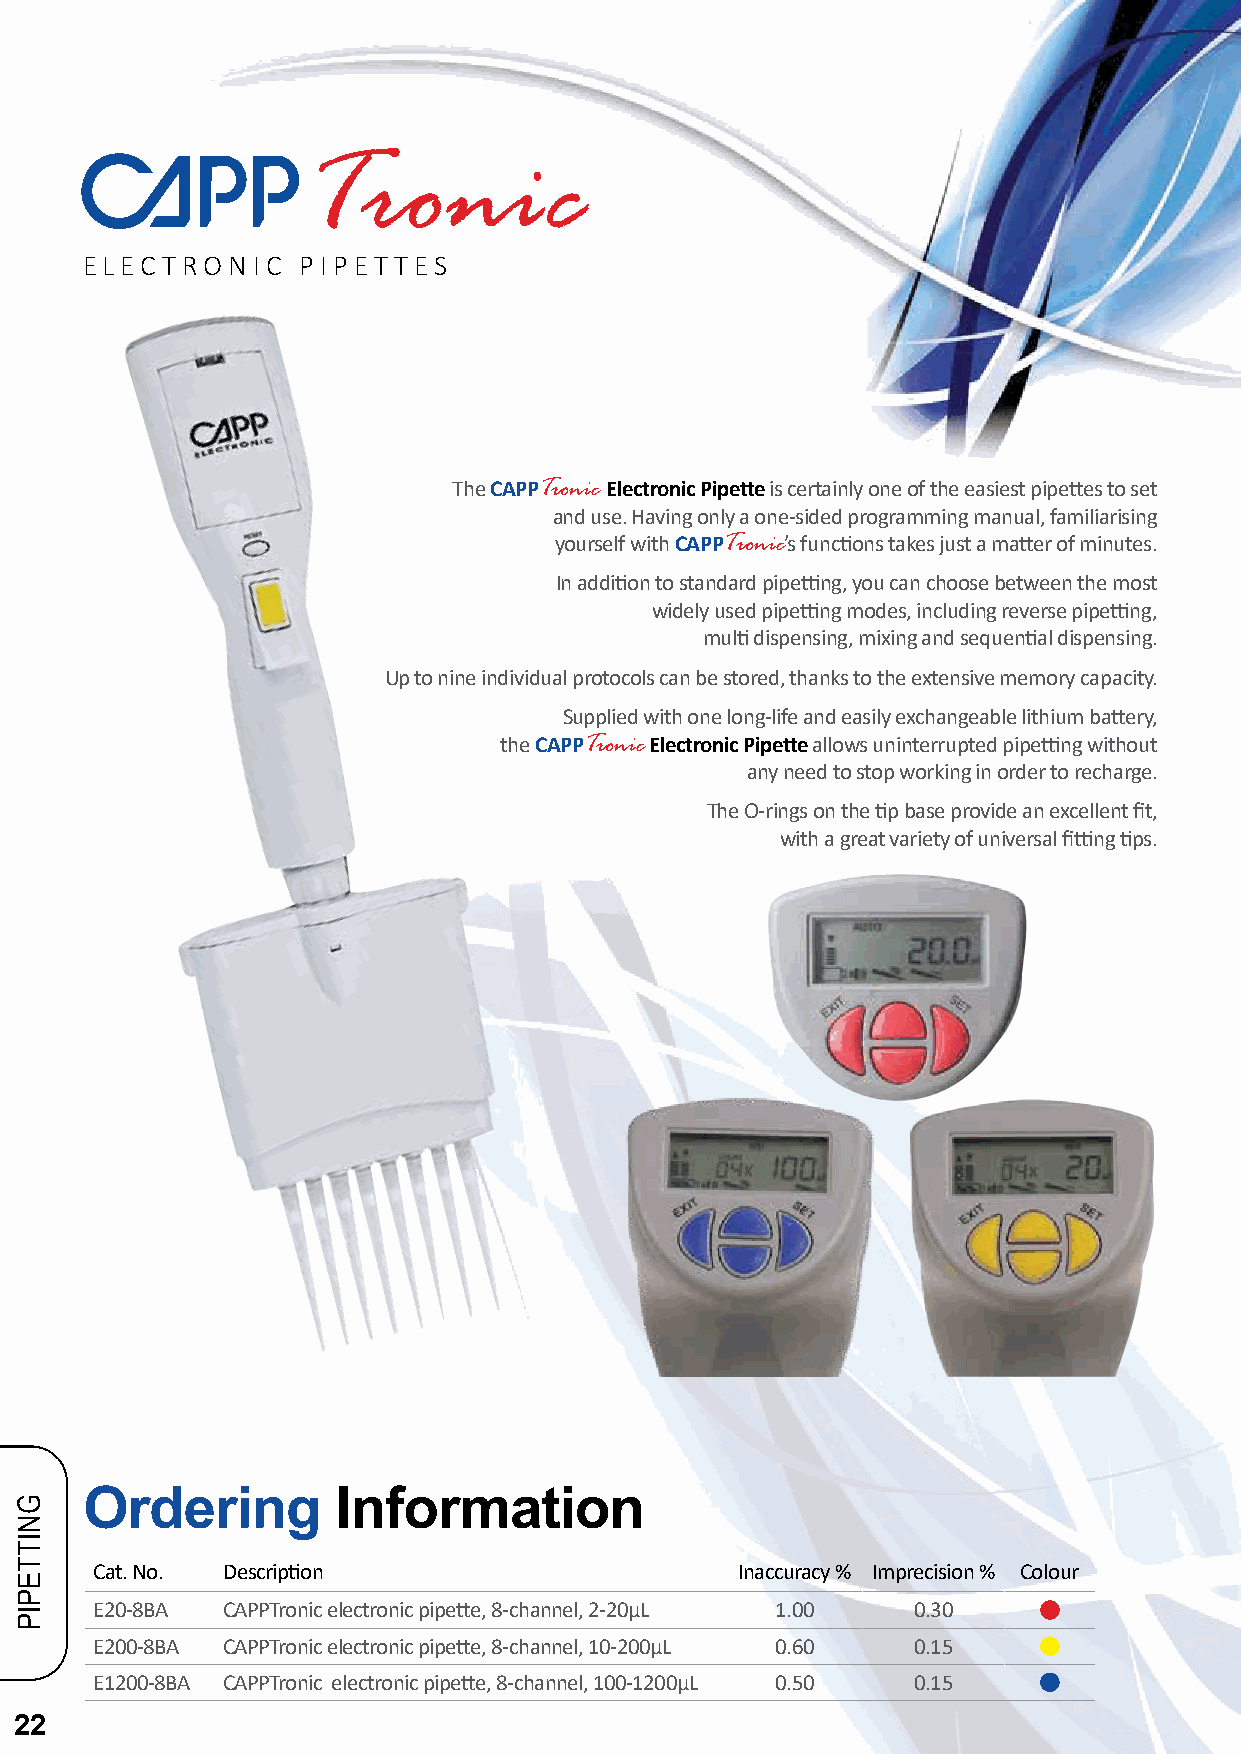
Tronic
 ELECTRONIC     PIPET TES
 The CAPPTronic Electronic Pipette is certainly one of the easiest pipettes to set
 and use. Having only a one-sided programming manual, familiarising
 yourself with CAPPTronic’s functions takes just a matter of minutes.
 In addition to standard pipetting, you can choose between the most
 widely used pipetting modes, including reverse pipetting,
 multi dispensing, mixing and sequential dispensing.
 Up to nine individual protocols can be stored, thanks to the extensive memory capacity.
 Supplied with one long-life and easily exchangeable lithium battery,
 the CAPPTronic Electronic Pipette allows uninterrupted pipetting without
 any need to stop working in order to recharge.
 The O-rings on the tip base provide an excellent fit,
 with a great variety of universal fitting tips.
 Ordering        Information
 Cat. No. Description                       Inaccuracy % Imprecision % Colour
 E20-8BA  CAPPTronic electronic pipette, 8-channel, 2-20µL 1.00 0.30
 E200-8BA CAPPTronic electronic pipette, 8-channel, 10-200µL 0.60 0.15
 E1200-8BA CAPPTronic electronic pipette, 8-channel, 100-1200µL 0.50 0.15
 22
 GNITTEPIP